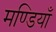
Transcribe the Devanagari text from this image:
मण्डियाँ